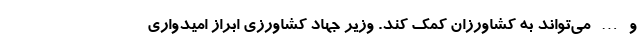
و … می‌تواند به کشاورزان کمک کند. وزیر جهاد کشاورزی ابراز امیدواری